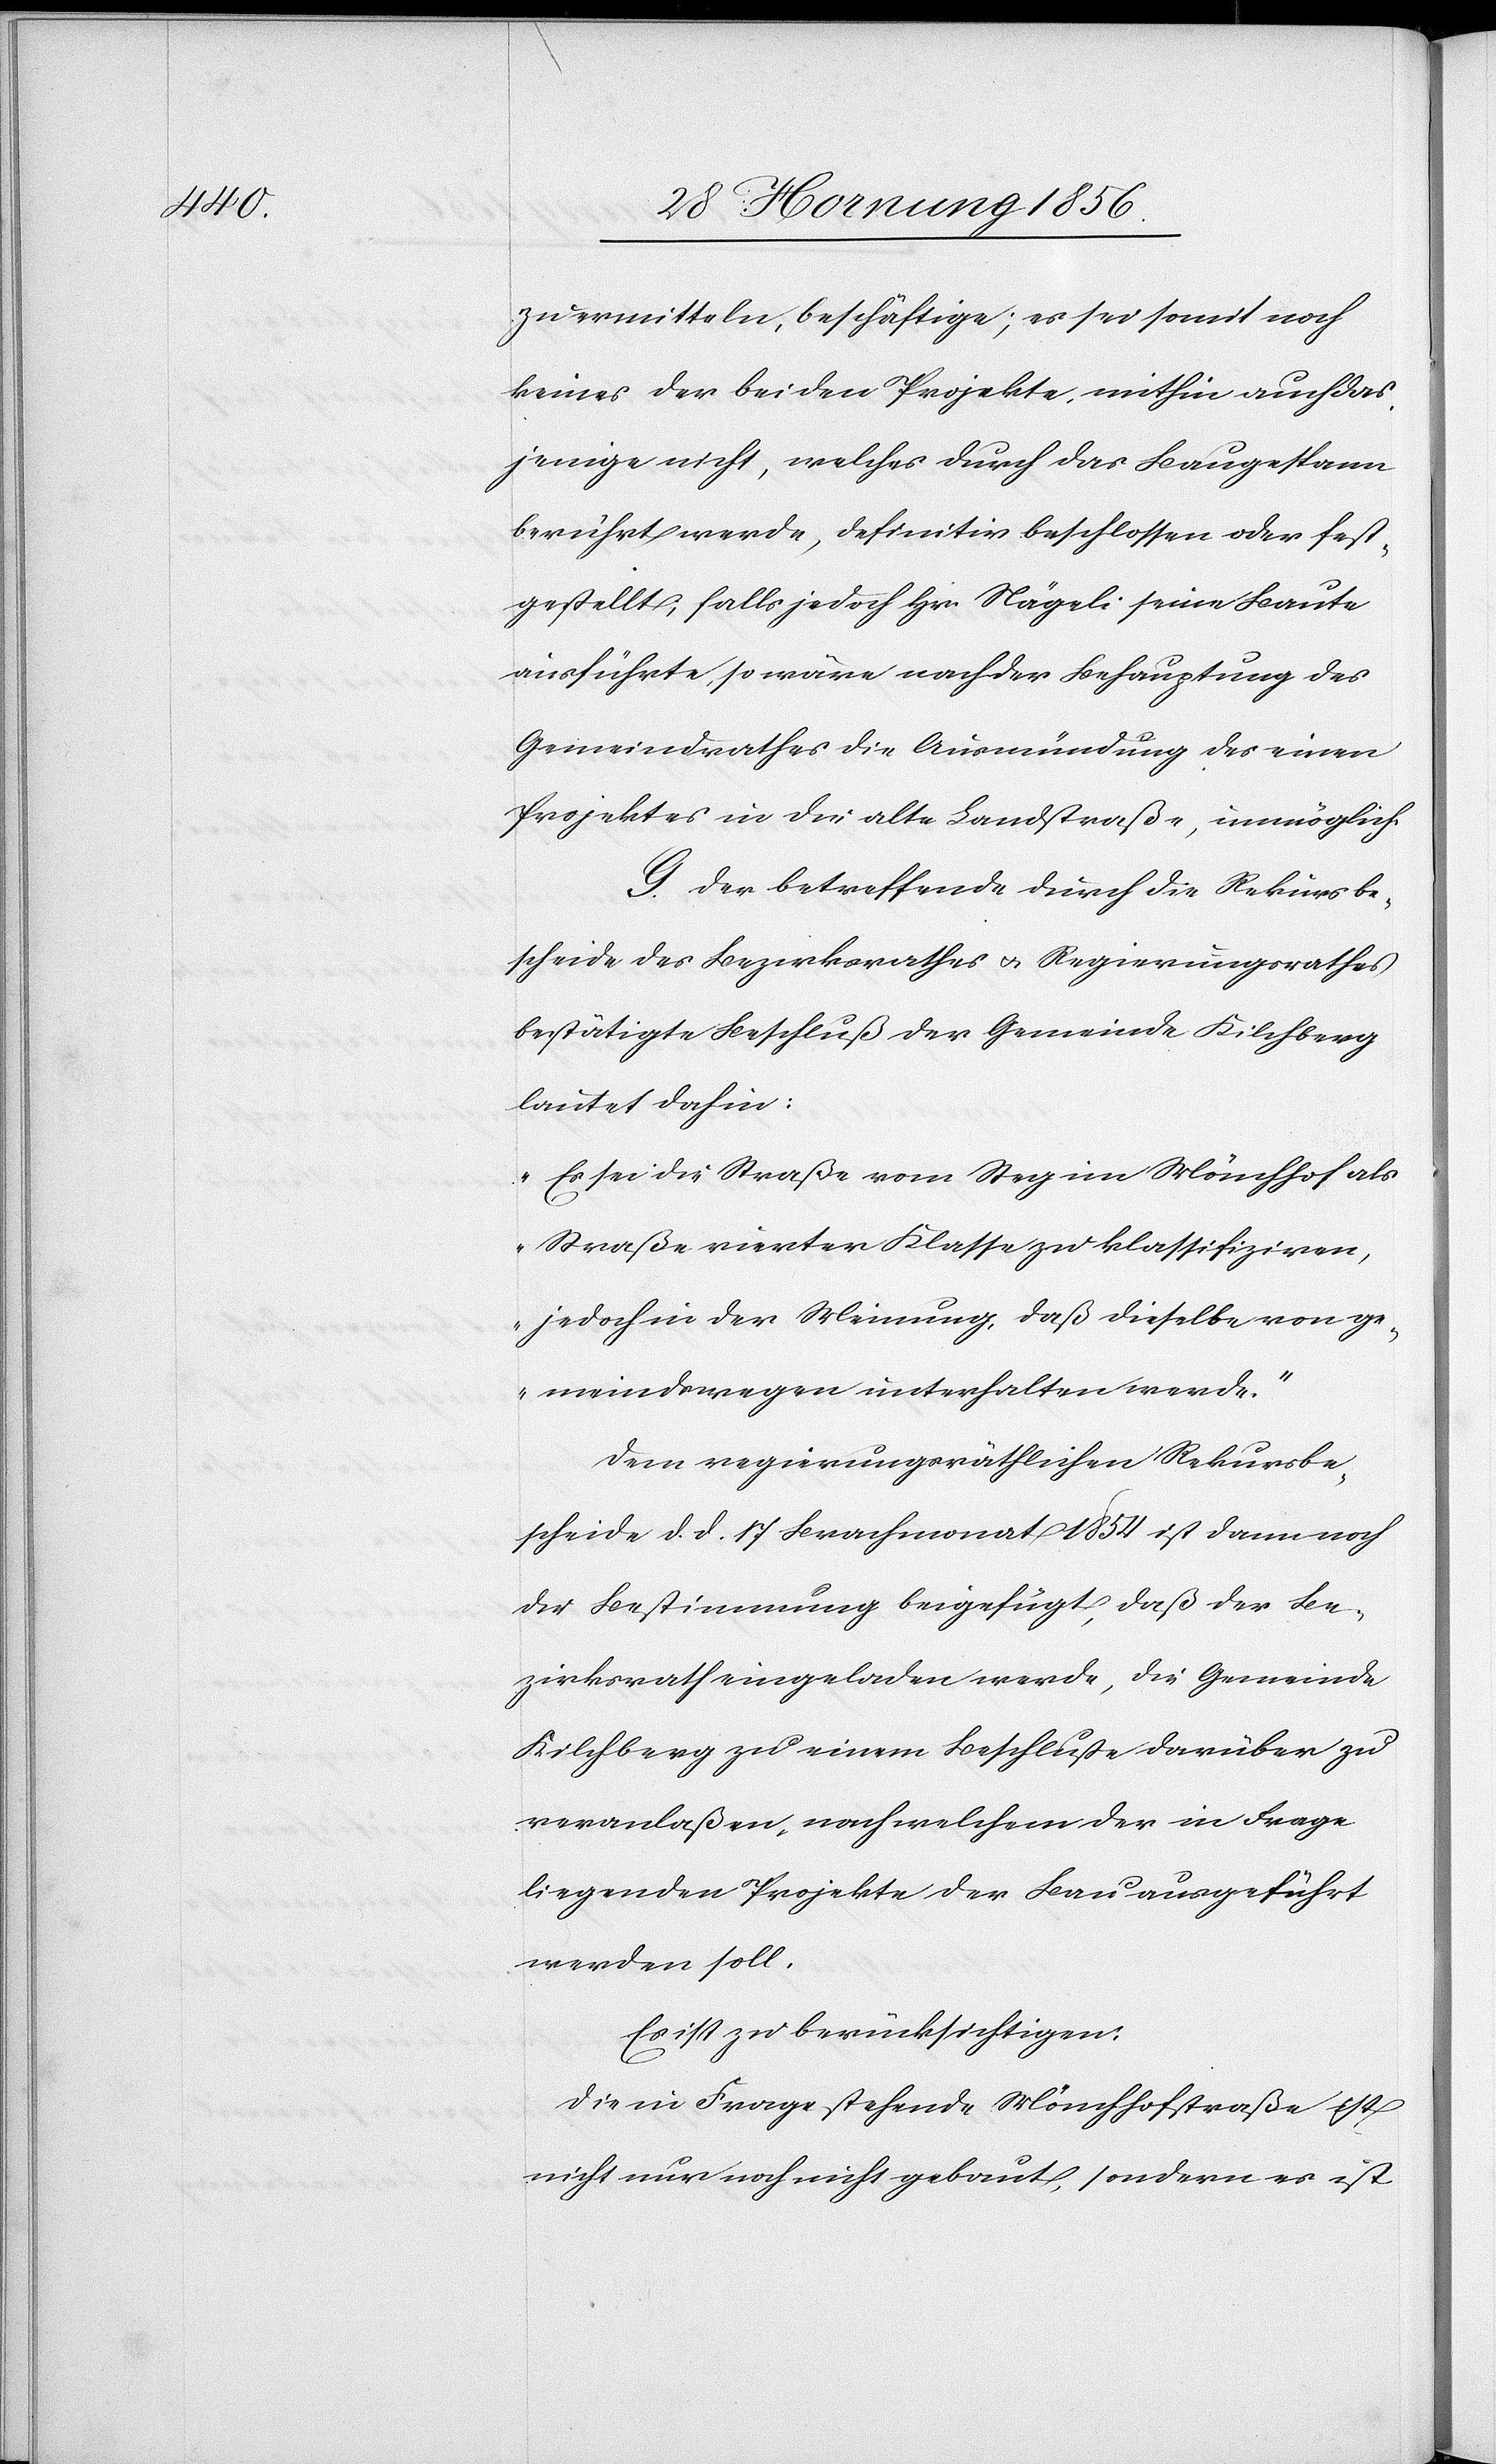
zu ermitteln, beschäftige; es sei somit noch
keines der beiden Projekte, mithin auch das¬
jenige nicht, welches durch das Baugespann
berührt werde, definitiv beschlossen oder fest¬
gestellt; falls jedoch Hr Nägeli seine Baute
ausführte, so wäre nach der Behauptung des
Gemeindrathes die Ausmündung des einen
Projektes in die alte Landstraße, unmöglich.
G. Der betreffende durch die Rekursbe¬
scheide des Bezirksrathes u. Regierungsrathes
bestätigte Beschluß der Gemeinde Kilchberg
lautet dahin:
„Es sei die Straße vom Steg im Mönchhof
Straße vierter Klasse zu klassifiziren,
jedoch der Meinung, daß dieselbe von ge¬
meindswegen unterhalten werde.“
Dem regierungsräthlichen Rekursbe¬
scheide d. d. 17 Brachmonat 1854 ist dann noch
die Bestimmung beigefügt, daß der Be¬
zirksrath eingeladen werde, die Gemeinde
Kilchberg zu einem Beschluße darüber zu
veranlaßen, nach welchem der in Frage
liegenden Projekte der Bau ausgeführt
werden soll,
Es ist zu berücksichtigen:
Die in Frage stehende Mönchhofstraße ist
nicht nur noch nicht gebaut, sondern es ist